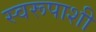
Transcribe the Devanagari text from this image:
स्वरूपाशी